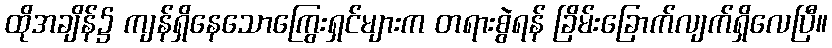
ထိုအချိန်၌ ကျန်ရှိနေသောကြွေးရှင်များက တရားစွဲရန် ခြိမ်းခြောက်လျက်ရှိလေပြီ။